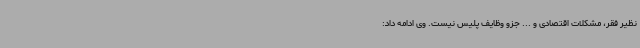
نظیر فقر، مشکلات اقتصادی و ... جزو وظایف پلیس نیست. وی ادامه داد: